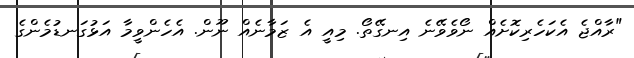
"ރާއްޖެ އެކަހެރިކޮށެއް ނޯވެވޭނެ އިނގޭތޯ. މިއީ އެ ޒަމާނެއް ނޫން. އެހެންވީމާ އަޅުގަނޑުމެންގެ